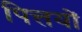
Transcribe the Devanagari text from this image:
पित्तयों